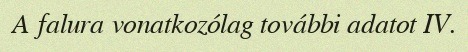
A falura vonatkozólag további adatot IV.